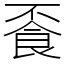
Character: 䬩